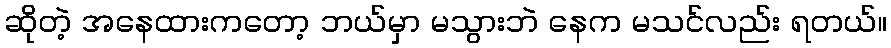
ဆိုတဲ့ အနေထားကတော့ ဘယ်မှာ မသွားဘဲ နေက မသင်လည်း ရတယ်။